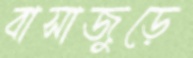
বাসাজুড়ে